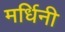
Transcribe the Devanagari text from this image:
मर्धिनी